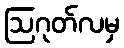
ဩဂုတ်လမှ